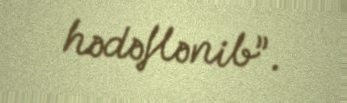
hədəflənib”.